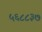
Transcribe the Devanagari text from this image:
५६८८३७